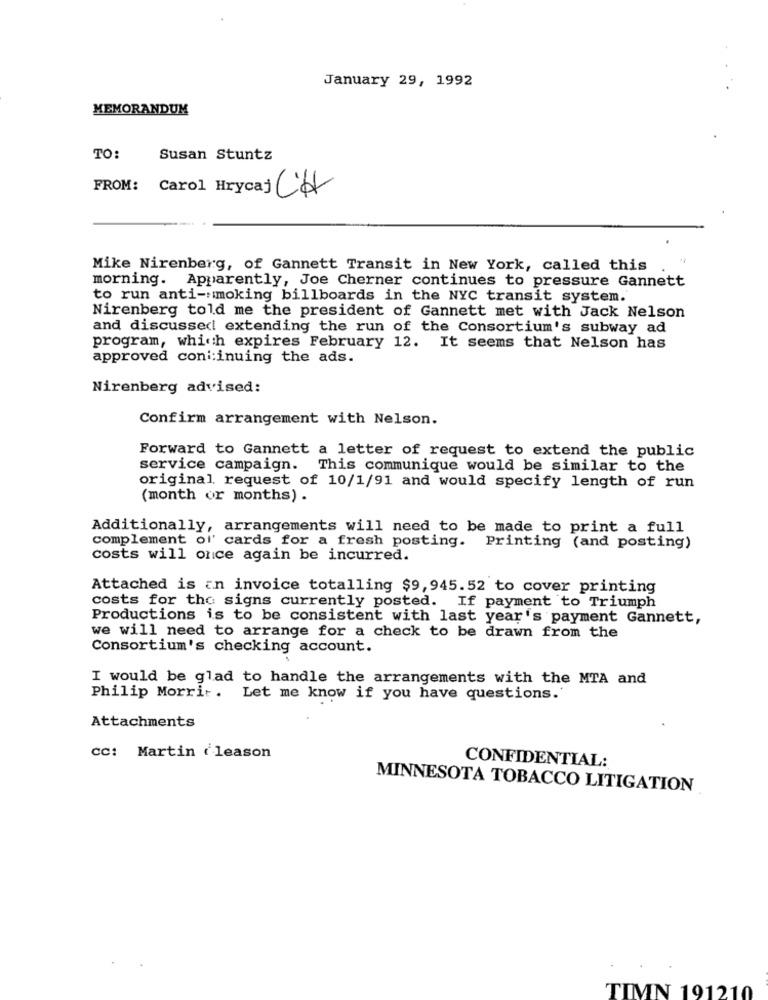
January 29, 1992
MEMORANDUM
TO:
Susan Stuntz
FROM: Carol Hrycaj CH
Mike Nirenberg, of Gannett Transit in New York, called this
morning. Apparently, Joe Cherner continues to pressure Gannett
to run anti-smoking billboards in the NYC transit system.
Nirenberg told me the president of Gannett met with Jack Nelson
and discussed extending the run of the Consortium's subway ad
program, which expires February 12. It seems that Nelson has
approved coni:inuing the ads.
Nirenberg advised:
Confirm arrangement with Nelson.
Forward to Gannett a letter of request to extend the public
service campaign. This communique would be similar to the
original request of 10/1/91 and would specify length of run
(month or months) .
Additionally, arrangements will need to be made to print a full
complement of' cards for a fresh posting. Printing (and posting)
costs will once again be incurred.
Attached is an invoice totalling $9,945.52 to cover printing
costs for the signs currently posted.
If payment to Triumph
Productions is to be consistent with last year's payment Gannett,
we will need to arrange for a check to be drawn from the
Consortium's checking account.
I would be glad to handle the arrangements with the MTA and
Philip Morris. Let me know if you have questions.
Attachments
CC: Martin ( leason
CONFIDENTIAL:
MINNESOTA TOBACCO LITIGATION
TIMN 191210